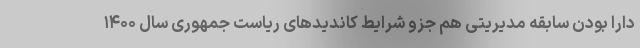
دارا بودن سابقه مدیریتی هم جزو شرایط کاندیدهای ریاست جمهوری سال ۱۴۰۰